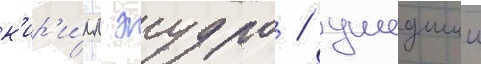
к'ир'и́лл жудро / ушедшии